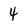
Character: 4